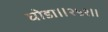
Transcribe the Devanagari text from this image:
घोडा॥२५२॥